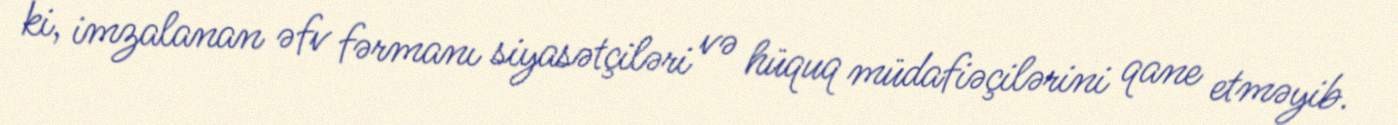
ki, imzalanan əfv fərmanı siyasətçiləri və hüquq müdafiəçilərini qane etməyib.